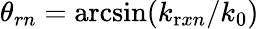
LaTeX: \theta_{rn}=\mathrm{arcsin}(k_{\mathrm{r}xn}/k_{0})